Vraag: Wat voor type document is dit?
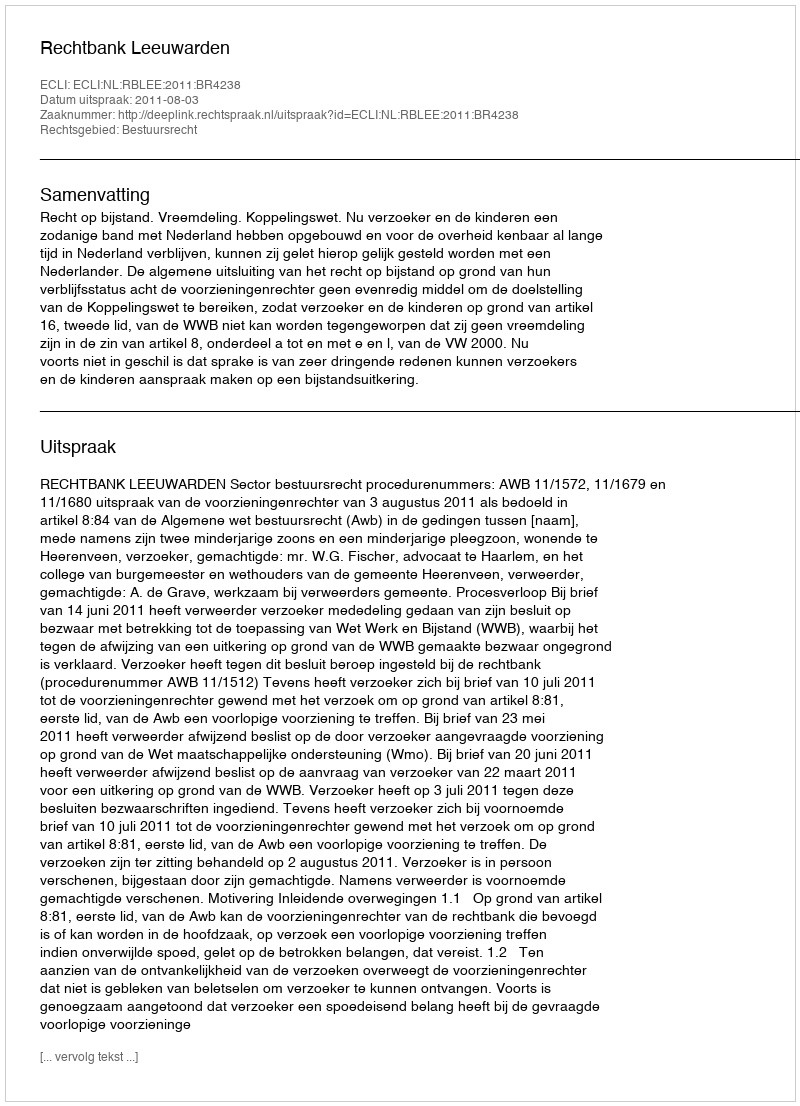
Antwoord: Uitspraak